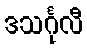
ဒသင်္ဂုလီ